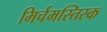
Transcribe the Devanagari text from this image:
मिर्चमस्तिस्क